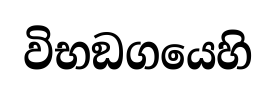
විභඞගයෙහි